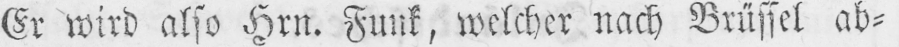
Er wird also Hrn. Funk, welcher nach Brüssel ab⸗